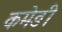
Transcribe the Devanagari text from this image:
कमेङी